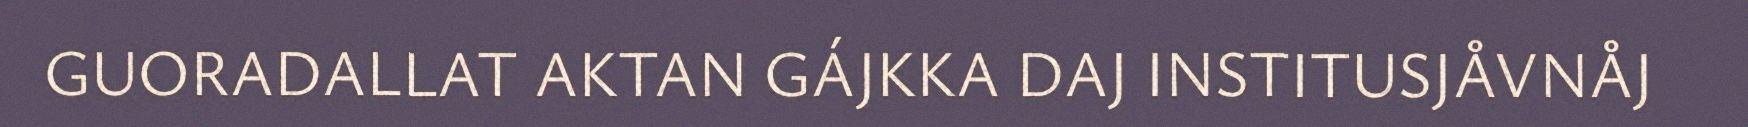
GUORADALLAT AKTAN GÁJKKA DAJ INSTITUSJÅVNÅJ